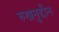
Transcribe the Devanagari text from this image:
रुखनुद्दीन